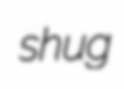
shug